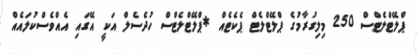
ޕްލޭޓްލެޓްސް 250 މިލިގުރާމުގެ ޕްލޭޓްލެޓް ޕެކެޓެއް *ޕްލޭޓްލެޓްސް ހުދެސެލް އަކީ އޭގައި އެއްވެސްކުލައެއް